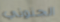
الجنوني